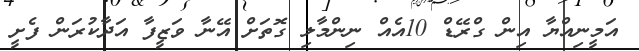
އަމީނިއްޔާ އިން ގްރޭޑް 10އެއް ނިންމާލި ގޮތަށް އޭނާ ވަޒީފާ އަދާކުރަން ފެށީ